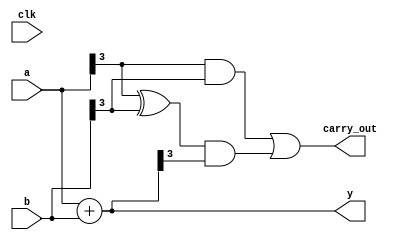
module cpld_design (
    input wire clk,          // Clock input
    input wire [3:0] a,     // 4-bit input
    input wire [3:0] b,     // 4-bit input
    output wire [3:0] y,     // 4-bit output
    output wire carry_out    // Carry output for arithmetic operations
);

// Logic Block 1: Combinational Logic
wire [3:0] sum;
wire [3:0] and_out;
wire [3:0] or_out;

// Sum of inputs (4-bit addition)
assign sum = a + b;

// AND operation
assign and_out = a & b;

// OR operation
assign or_out = a | b;

// Output assignment
assign y = sum; // Example output: sum of a and b

// Logic Block 2: Carry Logic
assign carry_out = (a[3] & b[3]) | ((a[3] ^ b[3]) & sum[3]);

endmodule